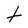
Character: t